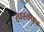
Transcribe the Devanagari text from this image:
हास्यपत्र